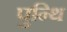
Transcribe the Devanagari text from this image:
पुन्थि